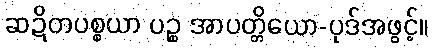
ဆဍိတပစ္စယာ ပဉ္စ အာပတ္တိယော-ပုဒ်အဖွင့်။